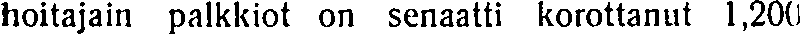
hoitajain palkkiot on senaatti korottanut 1,200